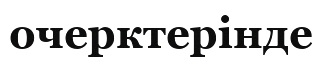
очерктерінде